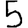
Digit: 5